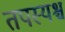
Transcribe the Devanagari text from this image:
तपस्यश्च